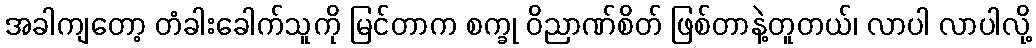
အခါကျတော့ တံခါးခေါက်သူကို မြင်တာက စက္ခု ဝိညာဏ်စိတ် ဖြစ်တာနဲ့တူတယ်၊ လာပါ လာပါလို့